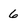
Character: 6